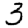
Digit: 3